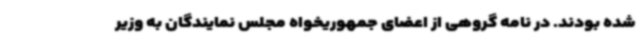
شده بودند. در نامه گروهی از اعضای جمهوریخواه مجلس نمایندگان به وزیر